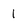
Character: 1